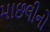
માછલીનો